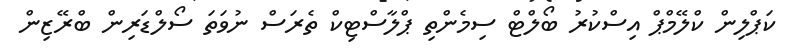
ކަޕްލިން ކްލޭމްޕް އިސްކުރު ބޯލްޓް ސިމެންތި ޕްލާސްޓިކް ތެރަސް ނުވަތަ ސޯލްޑަރިން ބްރޭޒިން